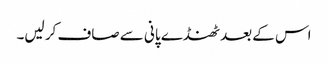
اس کے بعد ٹھنڈے پانی سے صاف کر لیں۔